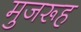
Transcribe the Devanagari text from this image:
मुजरूह